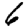
Digit: 6